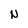
Character: N